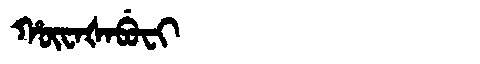
Manchu: ᡥᡡᠸᠠᡧᠠᠪᡠᠸᡳ
Romanization: HŪWAŠABUFI